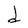
Character: d